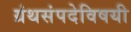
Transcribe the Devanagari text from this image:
ग्रंथसंपदेविषयी